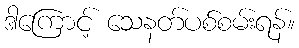
ဒါကြောင့် သေနတ်ပစ်စမ်းရန်။